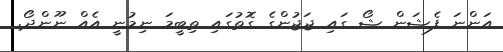
އަންނަ ފެޝަން ޝޯ ގައި ޖަޖުންގެ ގޮތުގައި ތިބީމަ ނިމުނީ އެއް ނޫންދޯ.